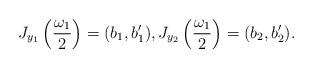
LaTeX: \begin{align*} J_{y_1}\left(\frac{\omega_1}{2}\right)=(b_1,b_1'), J_{y_2}\left(\frac{\omega_1}{2}\right)=(b_2,b_2').\end{align*}